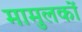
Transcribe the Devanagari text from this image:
मामुलकों